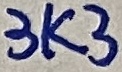
Text: 3K3